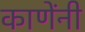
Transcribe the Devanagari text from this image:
काणेंनी